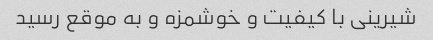
شیرینی با کیفیت و خوشمزه و به موقع رسید